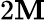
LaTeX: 2\mathbf{M}